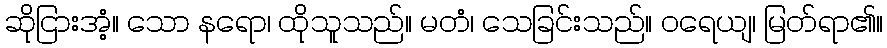
ဆိုငြားအံ့။ သော နရော၊ ထိုသူသည်။ မတံ၊ သေခြင်းသည်။ ဝရေယျ၊ မြတ်ရာ၏။